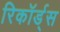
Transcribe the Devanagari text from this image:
रिकॉर्ड्स